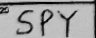
Transcription: SPY